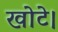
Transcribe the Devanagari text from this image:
खोटे।